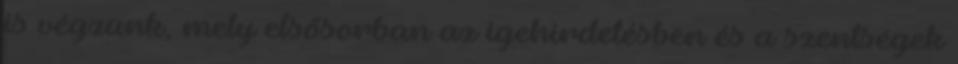
is végzünk, mely elsősorban az igehirdetésben és a szentségek